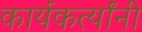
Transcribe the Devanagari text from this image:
कार्यकर्त्‍यांनी